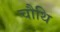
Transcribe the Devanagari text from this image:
चौथि